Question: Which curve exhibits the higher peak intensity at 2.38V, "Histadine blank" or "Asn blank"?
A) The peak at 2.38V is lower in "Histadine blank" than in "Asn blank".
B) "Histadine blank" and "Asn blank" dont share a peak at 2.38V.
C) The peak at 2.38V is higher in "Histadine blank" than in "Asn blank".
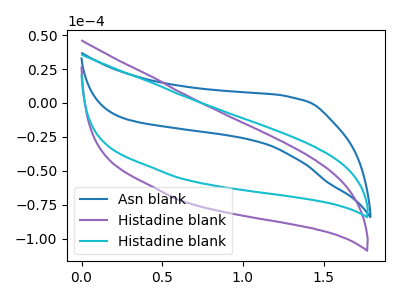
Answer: <think>The blue curve "Asn blank" has no peaks. The purple curve "Histadine blank" has no peaks. The cyan curve "Histadine blank" has no peaks.</think>
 <answer>B) "Histadine blank" and "Asn blank" dont share a peak at 2.38V.</answer>
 <eval>B</eval>